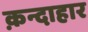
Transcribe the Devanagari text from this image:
क़न्दाहार